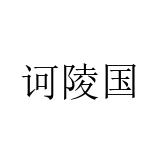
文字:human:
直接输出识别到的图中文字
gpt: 诃陵国